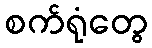
စက်ရုံတွေ